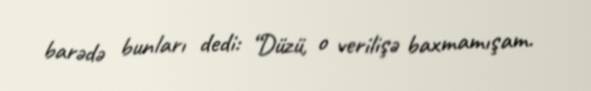
barədə bunları dedi: “Düzü, o verilişə baxmamışam.